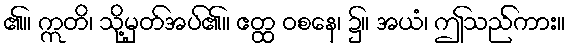
၏။ ဣတိ၊ သို့မှတ်အပ်၏။ ဧတ္ထ ဝစနေ၊ ၌။ အယံ၊ ဤသည်ကား။